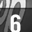
Digit: 6